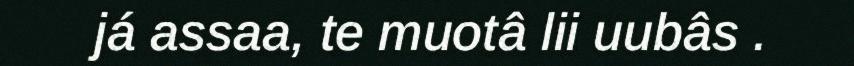
já assaa, te muotâ lii uubâs .